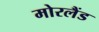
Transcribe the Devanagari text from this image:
मोरलैंड